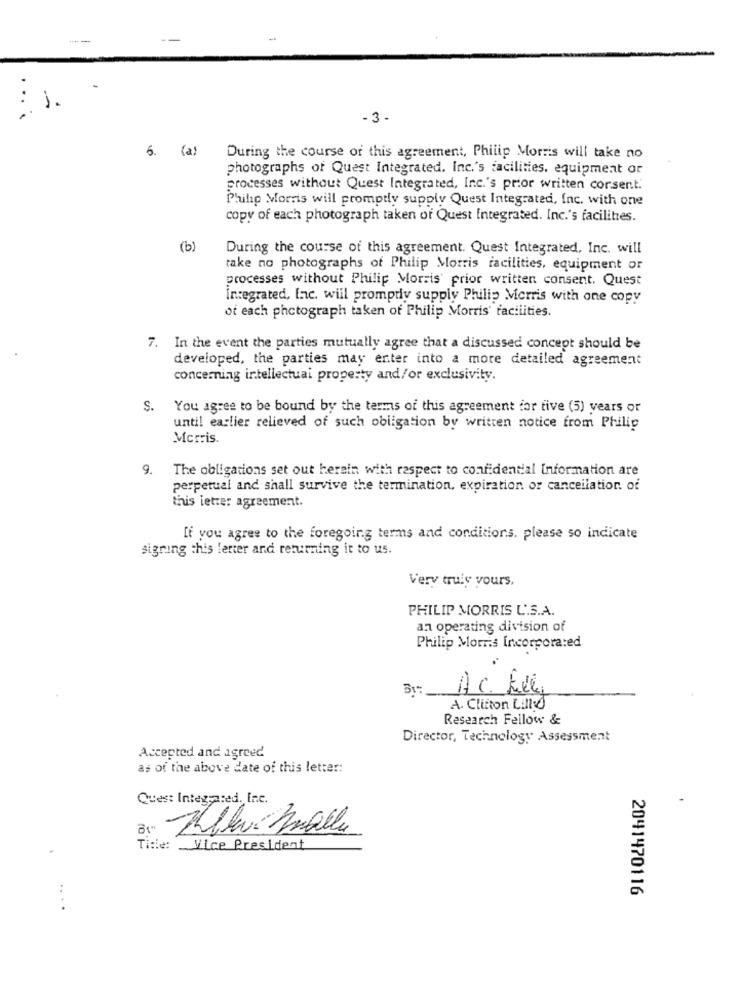
: 1.
- 3 -
6. (a)
During the course of this agreement, Philip Morris will take no
photographs of Quest Integrated, Inc.'s facilities, equipment or
processes without Quest Integrated, Inc.'s prior written consent.
Philip Morris will promptly supply Quest Integrated, Inc. with one
copy of each photograph taken of Quest Integrated. Inc.'s facilities.
(b)
During the course of this agreement. Quest Integrated, Inc. will
take no photographs of Philip Morris facilities, equipment or
processes without Philip Morris' prior written consent. Quest
integrated, lac. will promptly supply Philip Micrris with one copy
of each photograph taken of Philip Morris' facilities.
7. In the event the parties mutually agree that a discussed concept should be
developed, the parties may enter into a more detailed agreement
concerning intellectual property and/or exclusivity.
S.
You agree to be bound by the terms of this agreement for five (5) years or
until earlier relieved of such obligation by written notice from Philip
Morris.
9.
The obligations set out herein with respect to confidential Information are
perpetual and shall survive the termination, expiration or cancellation of
this letter agreement.
If you agree to the foregoing terms and conditions, please so indicate
signing this letter and returning it to us.
Very truly yours,
PHILIP MORRIS L'.S.A.
an operating division of
Philip Morris Incorporated
A.c. Lille
A. Clifton Lille0
Research Fellow &
Director, Technology Assessment
Accepted and agreed
as of the above date of this letter:
Ques: Integrated. Inc.
Title: Vice President
2041470116
..